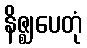
နိဇ္ဈပေတုံ